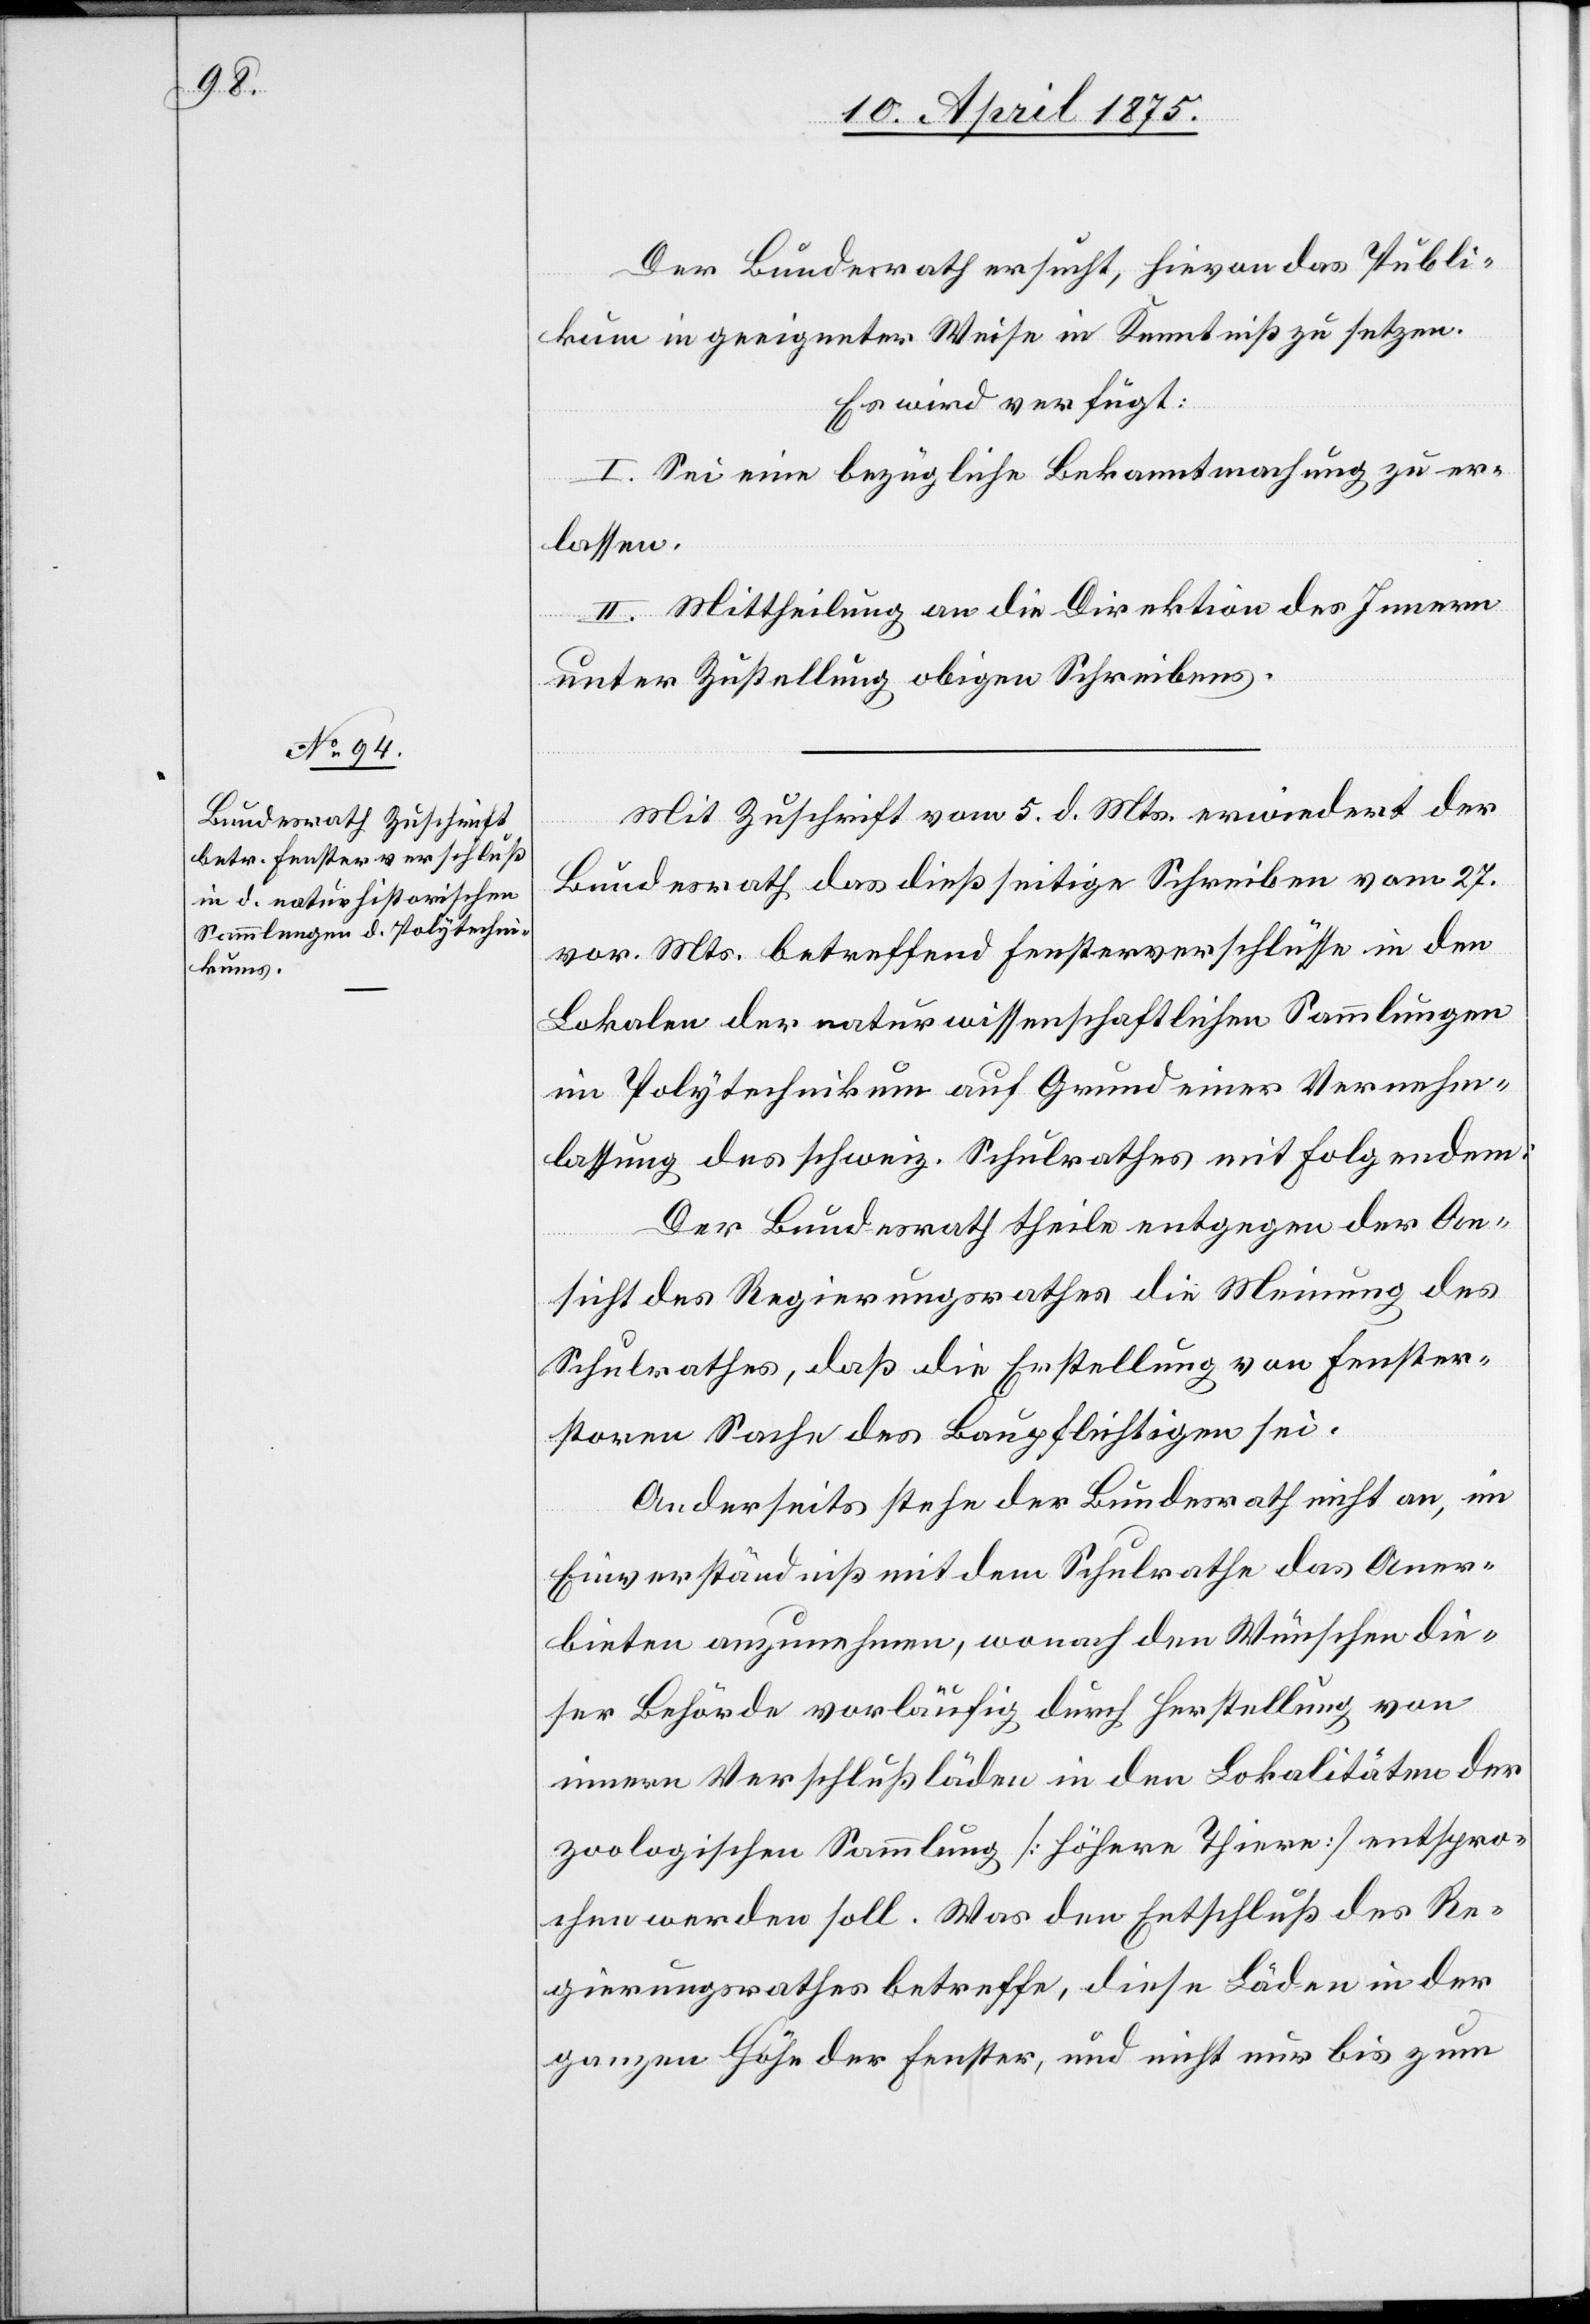
Der Bundesrath ersucht, hievon das Publi¬
kum in geeigneter Weise in Kenntniß zu setzen.
Es wird verfügt:
I. Sei eine bezügliche Bekanntmachung zu er¬
lassen.
II. Mittheilung an die Direktion des Innern
unter Zustellung obigen Schreibens.
Mit Zuschrift vom 5. d. Mts. erwiedert der
Bundesrath das dießseitige Schreiben vom 27.
vor. Mts. betreffend Fensterverschlüsse in den
Lokalen der naturwissenschaftlichen Sammlungen
im Polytechnikum auf Grund einer Vernehm¬
lassung des schweiz. Schulrathes mit Folgendem:
Der Bundesrath theile entgegen der An¬
sicht des Regierungsrathes die Meinung des
Schulrathes, daß die Erstellung von Fenster¬
storen Sache des Baupflichtigen sei.
Anderseits stehe der Bundesrath nicht an, im
Einverständniß mit dem Schulrathe das Aner¬
bieten anzunehmen, wonach den Wünschen die¬
ser Behörde vorläufig durch Herstellung von
innern Verschlußläden in den Lokalitäten der
zoologischen Sammlung [höhere Thiere] entspro¬
chen werden soll. Was den Entschluß des Re¬
gierungsrathes betreffe, diese Läden in der
ganzen Höhe der Fenster, und nicht nur bis zum